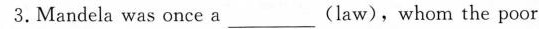
3.Mandela was once a ___ (law),whom the poor